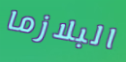
البلازما